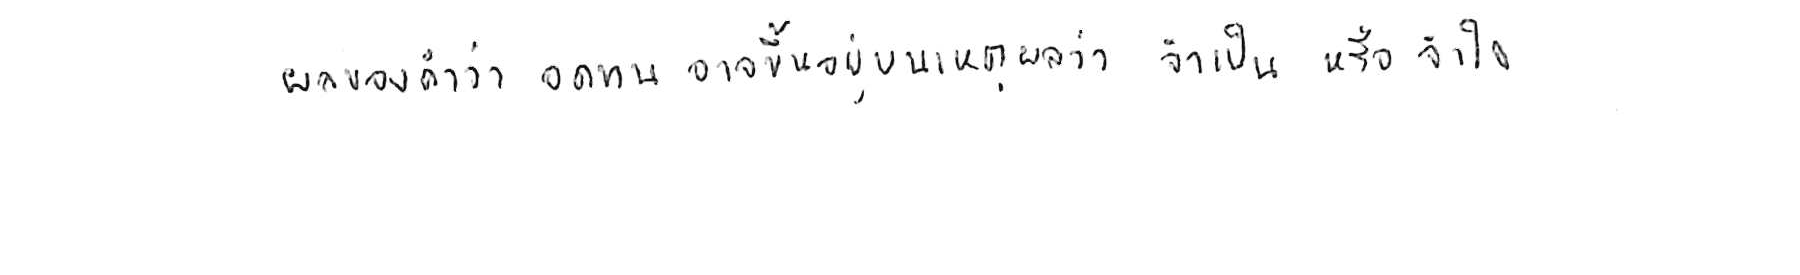
ผลของคำว่า อดทน อาจขึ้นอยู่บนเหตุผลว่า จำเป็น หรือ จำใจ